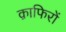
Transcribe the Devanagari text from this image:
क़ाफिरों